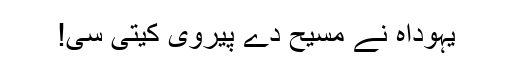
یہوداہ نے مسیح دے پیروی کیتی سی!